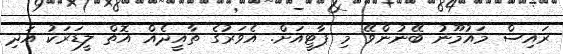
ރައިސް މައުމޫނު ބޭނުންވޭ މި ޕާޓީއަށް. އެވަރުގެ ތާއީދެއް އޮތް ލީޑަރަކު އަދި